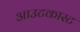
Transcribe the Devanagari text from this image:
आउटकास्ट